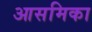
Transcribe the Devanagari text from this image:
आसमिका